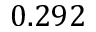
0 . 2 9 2